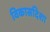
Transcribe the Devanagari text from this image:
विकासदिशा